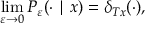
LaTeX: \operatorname* { l i m } _ { \varepsilon \rightarrow 0 } P _ { \varepsilon } ( \cdot \mid x ) = \delta _ { T x } ( \cdot ) ,